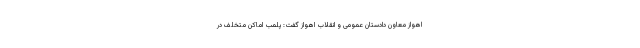
اهواز معاون دادستان عمومی و انقلاب اهواز گفت: پلمب اماکن متخلف در